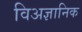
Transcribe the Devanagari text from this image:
विअज्ञानिक